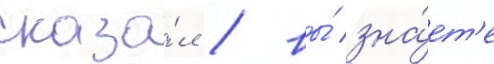
сказа́л / вы́ зна́ет'е